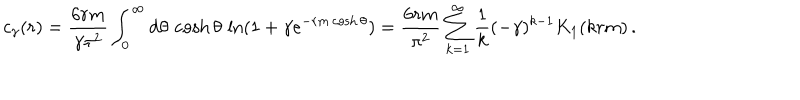
LaTeX: c _ { \gamma } ( r ) = \frac { 6 r m } { \gamma \pi ^ { 2 } } \int _ { 0 } ^ { \infty } \mathrm { d } \theta \, \cosh \theta \, \ln ( 1 + \gamma e ^ { - r m \cosh \theta } ) = \frac { 6 r m } { \pi ^ { 2 } } \sum _ { k = 1 } ^ { \infty } \frac { 1 } { k } ( - \gamma ) ^ { k - 1 } K _ { 1 } ( k r m ) \, .